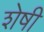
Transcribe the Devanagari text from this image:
शेषी